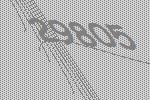
29805